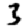
Digit: 3